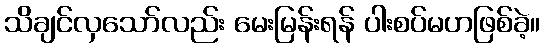
သိချင်လှသော်လည်း မေးမြန်းရန် ပါးစပ်မဟဖြစ်ခဲ့။